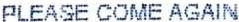
PLEASE COME AGAIN